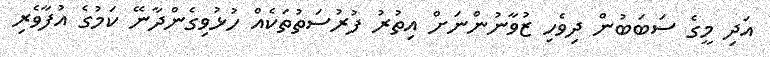
އަދި މީގެ ސަބަބުން ދިވެހި ޒުވާނުންނަށް އިތުރު ފުރުސަތުތަކެއް ހުޅުވިގެންދާނޭ ކަމުގެ އުފާވެރި